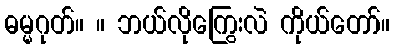
ဓမ္မဂုတ်။ ။ ဘယ်လိုကြွေးလဲ ကိုယ်တော်။